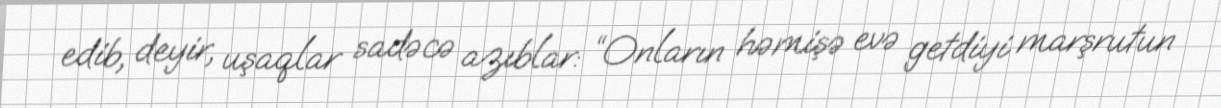
edib, deyir, uşaqlar sadəcə azıblar: “Onların həmişə evə getdiyi marşrutun